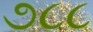
૭૮૮